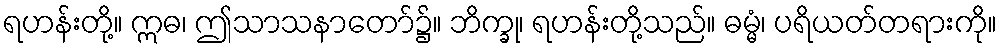
ရဟန်းတို့။ ဣဓ၊ ဤသာသနာတော်၌။ ဘိက္ခု၊ ရဟန်းတို့သည်။ ဓမ္မံ၊ ပရိယတ်တရားကို။